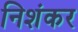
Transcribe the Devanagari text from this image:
निशंकर